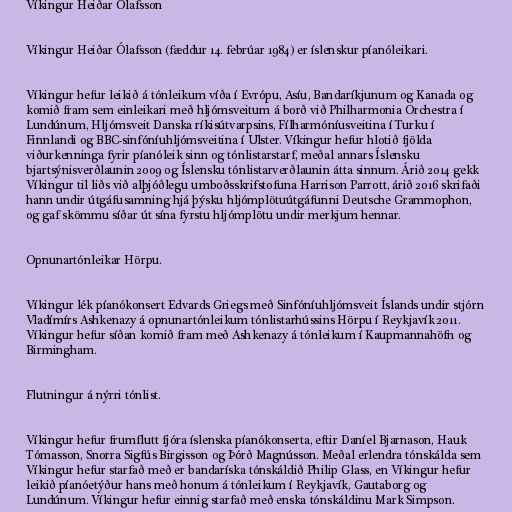
Víkingur Heiðar Ólafsson

Víkingur Heiðar Ólafsson (fæddur 14. febrúar 1984) er íslenskur píanóleikari.

Víkingur hefur leikið á tónleikum víða í Evrópu, Asíu, Bandaríkjunum og Kanada og
komið fram sem einleikari með hljómsveitum á borð við Philharmonia Orchestra í
Lundúnum, Hljómsveit Danska ríkisútvarpsins, Fílharmóníusveitina í Turku í
Finnlandi og BBC-sinfóníuhljómsveitina í Ulster. Víkingur hefur hlotið fjölda
viðurkenninga fyrir píanóleik sinn og tónlistarstarf, meðal annars Íslensku
bjartsýnisverðlaunin 2009 og Íslensku tónlistarverðlaunin átta sinnum. Árið 2014 gekk
Víkingur til liðs við alþjóðlegu umboðsskrifstofuna Harrison Parrott, árið 2016 skrifaði
hann undir útgáfusamning hjá þýsku hljómplötuútgáfunni Deutsche Grammophon,
og gaf skömmu síðar út sína fyrstu hljómplötu undir merkjum hennar.

Opnunartónleikar Hörpu.

Víkingur lék píanókonsert Edvards Griegs með Sinfóníuhljómsveit Íslands undir stjórn
Vladímírs Ashkenazy á opnunartónleikum tónlistarhússins Hörpu í Reykjavík 2011.
Víkingur hefur síðan komið fram með Ashkenazy á tónleikum í Kaupmannahöfn og
Birmingham.

Flutningur á nýrri tónlist.

Víkingur hefur frumflutt fjóra íslenska píanókonserta, eftir Daníel Bjarnason, Hauk
Tómasson, Snorra Sigfús Birgisson og Þórð Magnússon. Meðal erlendra tónskálda sem
Víkingur hefur starfað með er bandaríska tónskáldið Philip Glass, en Víkingur hefur
leikið píanóetýður hans með honum á tónleikum í Reykjavík, Gautaborg og
Lundúnum. Víkingur hefur einnig starfað með enska tónskáldinu Mark Simpson.